Annual report of lunatic asylums [Bombay] - 1912-1922
Year: 1912
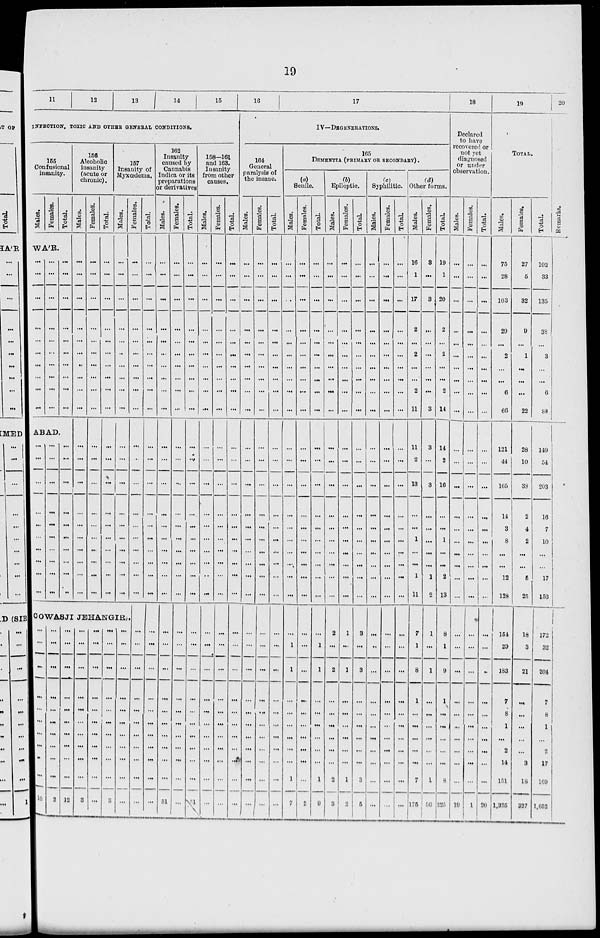
19
11
12
13
14
15
INFECTION, TOXIC AND OTHER GENERAL CONDITIONS.
155
Confusional
insanity.
Males.
Females.
Total.
WA'R.
...
...
...
...
...
...
...
...
...
...
...
...
...
...
...
...
...
...
...
...
...
...
...
...
...
...
...
...
...
...
...
...
...
...
...
...
ABAD.
...
...
...
...
...
...
...
...
...
...
...
...
...
...
...
...
...
...
...
...
...
...
...
...
...
...
...
...
...
...
156
Alcoholic
insanity
(acute or
chronic).
Males.
...
...
...
...
...
...
...
...
...
...
...
...
...
...
...
...
...
...
...
...
...
...
Females.
...
...
...
...
...
...
...
...
...
...
...
...
...
...
...
...
...
...
...
...
...
...
Total.
...
...
...
...
...
...
...
...
...
...
...
...
...
...
...
...
...
...
...
...
...
...
157
Insanity of
Hyxœdema.
Males.
...
...
...
...
...
...
...
...
...
...
...
...
...
...
...
...
...
...
...
...
...
...
COWASJI JEHANGIR.
...
...
...
...
...
...
...
...
...
...
10
...
...
...
...
...
...
...
...
...
...
2
...
...
...
...
...
...
...
...
...
...
12
...
...
...
...
...
...
...
...
...
...
3
...
...
...
...
...
...
...
...
...
...
...
...
...
...
...
...
...
...
...
...
...
3
...
...
...
...
...
...
...
...
...
...
...
Females.
...
...
...
...
...
...
...
...
...
...
...
...
...
...
...
...
...
...
...
...
...
...
...
...
...
...
...
...
...
...
...
...
...
Total.
...
...
...
...
...
...
...
...
...
...
...
...
...
...
...
...
...
...
...
...
...
...
...
...
...
...
...
...
...
...
...
...
162
Insanity
caused by
Cannabis
Indica or its
preparations
or derivatives
Males.
...
...
...
...
...
...
...
...
...
...
...
...
...
...
...
...
...
...
...
...
...
...
...
...
...
...
...
...
...
...
...
...
51
females.
...
...
...
...
...
...
...
...
...
...
...
...
...
...
...
...
...
...
...
...
...
...
...
...
...
...
...
...
...
...
...
...
...
Total.
...
...
...
...
...
...
...
...
...
...
...
...
...
...
...
...
...
...
...
...
...
...
...
...
...
...
...
...
...
...
...
...
51
158-161
and 163.
Insanity
from other
causes.
Males.
...
...
...
...
...
...
...
...
...
...
...
...
...
...
...
...
...
...
...
...
...
...
...
...
...
...
...
...
...
...
...
...
...
Females.
...
...
...
...
...
...
...
...
...
...
...
...
...
...
...
...
...
...
...
...
...
...
...
...
...
...
...
...
...
...
...
...
...
Total.
...
...
...
...
...
...
...
...
...
...
...
...
...
...
...
...
...
...
...
...
...
...
...
...
...
...
...
...
...
...
...
...
...
16
17
IV—DEGENERATIONS.
164
General
paralysis of
the insane.
Males.
...
...
...
...
...
...
...
...
...
...
...
...
...
...
...
...
...
...
...
...
...
...
...
...
...
...
...
...
...
...
...
...
...
Females.
...
...
...
...
...
...
...
...
...
...
...
...
...
...
...
...
...
...
...
...
...
...
...
...
...
...
...
...
...
...
...
...
...
Total.
...
...
...
...
...
...
...
...
...
...
...
...
...
...
...
...
...
...
...
...
...
...
...
...
...
...
...
...
...
...
...
...
...
165
DEMENTIA (PRIMARY OR SECONDARY) .
(a)
Senile.
Males.
...
...
...
...
...
...
...
...
...
...
...
...
...
...
...
...
...
...
...
...
...
...
...
1
1
...
...
...
...
...
...
1
7
Females.
...
...
...
...
...
...
...
...
...
...
...
...
...
...
...
...
...
...
...
...
...
...
...
...
...
...
...
...
...
...
...
...
2
Total.
...
...
...
...
...
...
...
...
...
...
...
...
...
...
...
...
...
...
...
...
...
...
...
1
1
...
...
...
...
...
...
1
9
(b)
Epileptic.
Males.
...
...
...
...
...
...
...
...
...
...
...
...
...
...
...
...
...
...
...
...
...
...
2
...
2
...
...
...
...
...
...
2
3
Females.
...
...
...
...
...
...
...
...
...
...
...
...
...
...
...
...
...
...
...
...
...
...
1
...
1
...
...
...
...
...
...
1
2
Total.
...
...
...
...
...
...
...
...
...
...
...
...
...
...
...
...
...
...
...
...
...
...
3
...
3
...
...
...
...
...
...
3
5
(c)
Syphilitic.
Males.
...
...
...
...
...
...
...
...
...
...
...
...
...
...
...
...
...
...
...
...
...
...
...
...
...
...
...
...
...
...
...
...
...
Females.
...
...
...
...
...
...
...
...
...
...
...
...
...
...
...
...
...
...
...
...
...
...
...
...
...
...
...
...
...
...
...
...
...
Total.
...
...
...
...
...
...
...
...
...
...
...
...
...
...
...
...
...
...
...
...
...
...
...
...
...
...
...
...
...
...
...
...
...
(d)
Other forms.
Males.
16
1
...
17
...
2
...
2
...
...
2
11
11
2
13
...
...
1
...
...
1
11
7
1
8
1
...
...
...
...
...
7
176
Females.
3
...
...
3
...
...
...
...
...
...
...
3
3
...
3
...
...
...
...
...
1
2
1
...
1
...
...
...
...
...
...
1
50
Total.
19
1
...
20
...
2
...
2
...
...
2
14
14
2
16
...
...
1
...
...
2
13
8
1
9
1
...
...
...
...
...
8
225
18
Declared
to have
recovered or
not yet
diagnosed
or under
observation.
Males.
...
...
...
...
...
...
...
...
...
...
...
...
...
...
...
...
...
...
...
...
...
...
...
...
...
...
...
...
...
...
...
...
19
Females.
...
...
...
...
...
...
...
...
...
...
...
...
...
...
...
...
...
...
...
...
...
...
...
...
...
...
...
...
...
...
...
...
1
Total.
...
...
...
...
...
...
...
...
...
...
...
...
...
...
...
...
...
...
...
...
...
...
...
...
...
...
...
...
...
...
...
...
20
19
TOTAL.
Males.
75
28
...
103
...
29
...
2
...
...
6
66
121
44
165
14
3
8
...
...
12
128
154
29
183
7
8
1
...
2
14
151
1,325
Females.
27
5
...
32
...
9
...
1
...
...
...
22
28
10
38
2
4
2
...
...
5
25
18
3
21
...
...
...
...
...
3
18
327
Total.
102
33
...
135
...
38
...
3
...
...
6
88
149
54
203
16
7
10
...
...
17
153
172
32
204
7
8
1
...
2
17
169
1,652
20
Remarks.